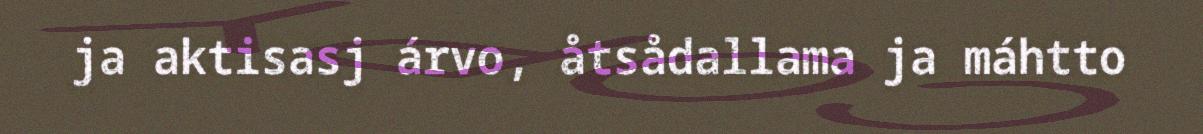
ja aktisasj árvo, åtsådallama ja máhtto